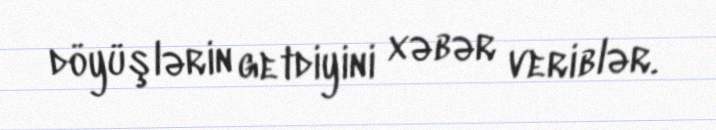
döyüşlərin getdiyini xəbər veriblər.